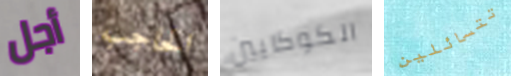
أجل الحاجب الكوكايين تتسائلين